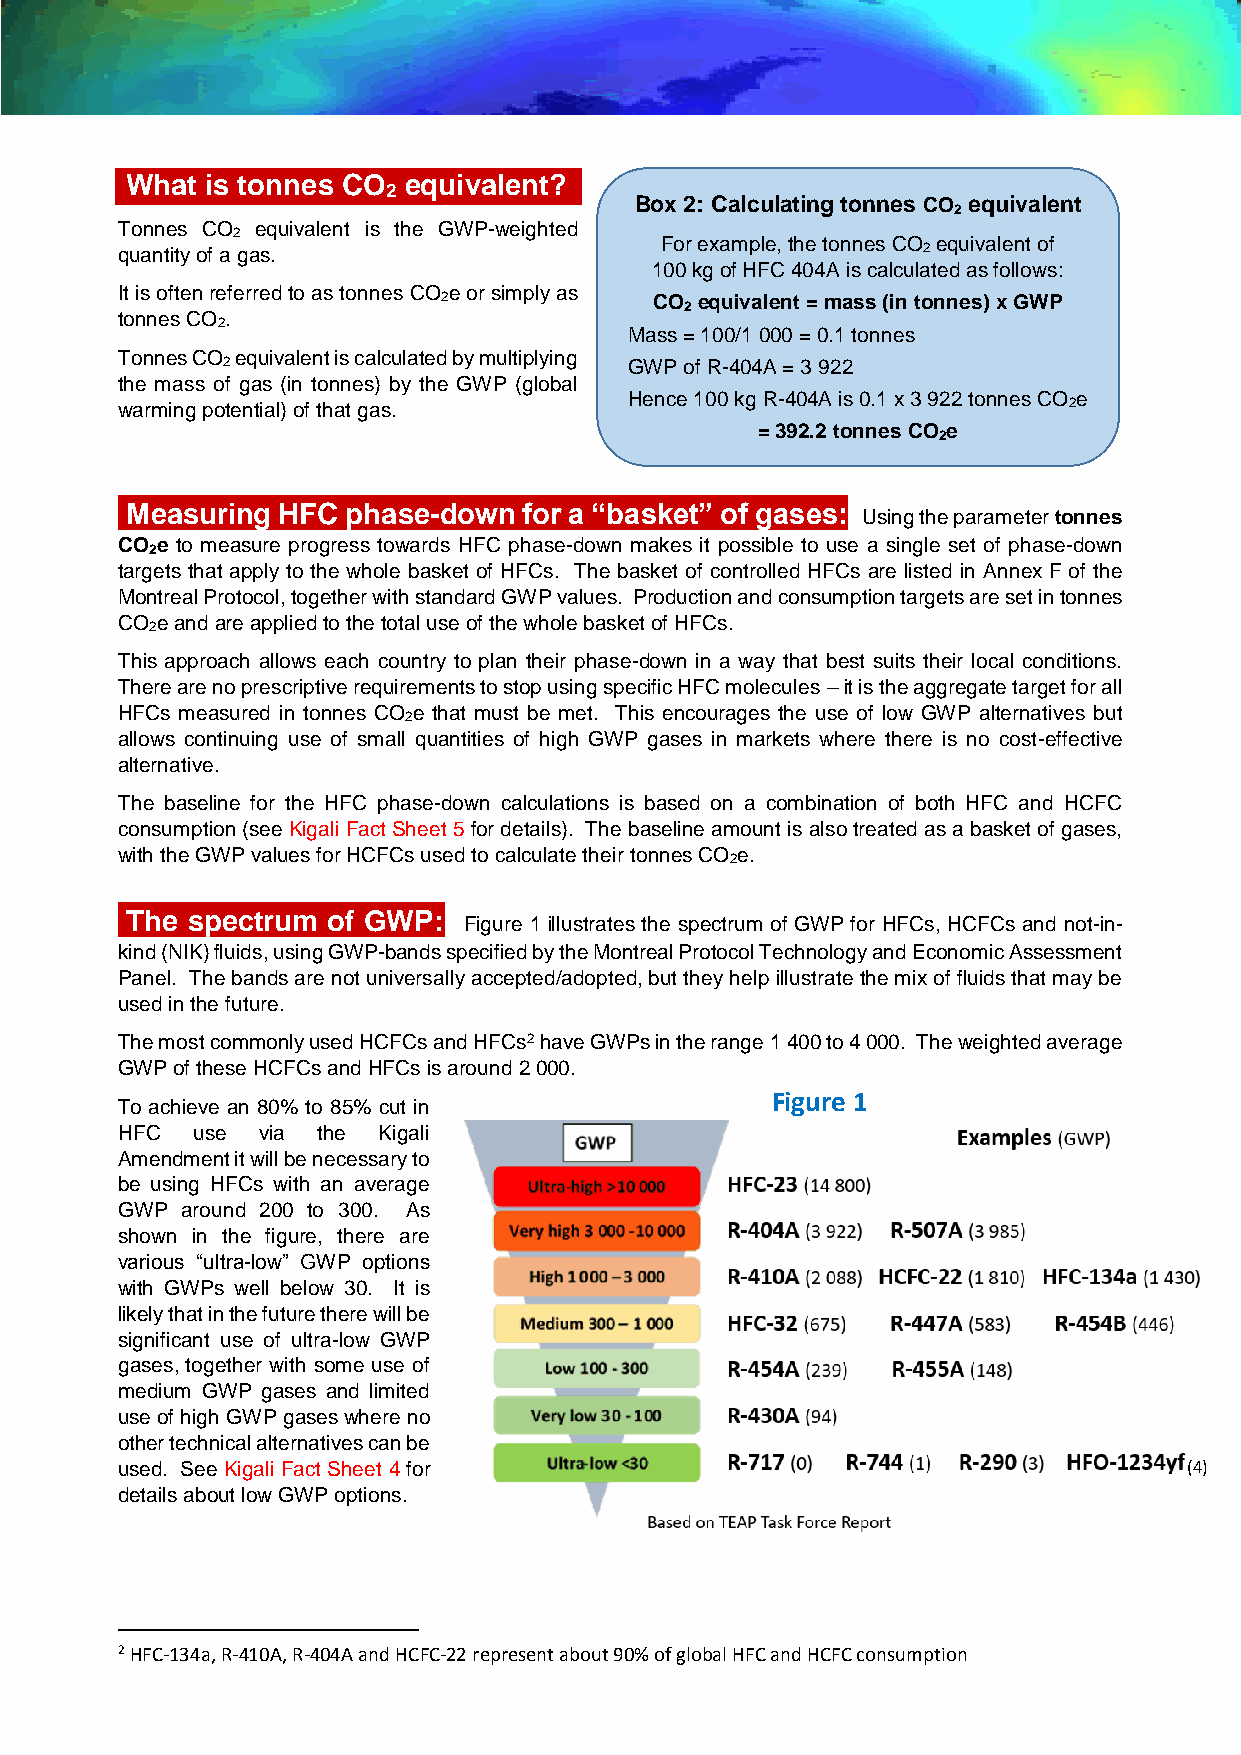
What  is tonnes CO equivalent?
 2
 Box 2: Calculating tonnes CO equivalent
 2
 Tonnes CO equivalent is the GWP-weighted
 2
 For example, the tonnes CO equivalent of
 quantity of a gas.                                   2
 100 kg of HFC 404A is calculated as follows:
 It is often referred to as tonnes CO e or simply as
 2             CO equivalent = mass (in tonnes) x GWP
 2
 tonnes CO .
 2
 Mass = 100/1 000 = 0.1 tonnes
 Tonnes CO equivalent is calculated by multiplying
 2                          GWP of R-404A = 3 922
 the mass of gas (in tonnes) by the GWP (global
 Hence 100 kg R-404A is 0.1 x 3 922 tonnes CO e
 warming potential) of that gas.                                2
 = 392.2 tonnes CO e
 2
 Measuring HFC  phase-down  for a “basket” of gases:
 Using the parameter tonnes
 CO e to measure progress towards HFC phase-down makes it possible to use a single set of phase-down
 2
 targets that apply to the whole basket of HFCs. The basket of controlled HFCs are listed in Annex F of the
 Montreal Protocol, together with standard GWP values. Production and consumption targets are set in tonnes
 CO e and are applied to the total use of the whole basket of HFCs.
 2
 This approach allows each country to plan their phase-down in a way that best suits their local conditions.
 There are no prescriptive requirements to stop using specific HFC molecules – it is the aggregate target for all
 HFCs measured in tonnes CO e that must be met. This encourages the use of low GWP alternatives but
 2
 allows continuing use of small quantities of high GWP gases in markets where there is no cost-effective
 alternative.
 The baseline for the HFC phase-down calculations is based on a combination of both HFC and HCFC
 consumption (see Kigali Fact Sheet 5 for details). The baseline amount is also treated as a basket of gases,
 with the GWP values for HCFCs used to calculate their tonnes CO e.
 2
 The spectrum  of GWP:
 Figure 1 illustrates the spectrum of GWP for HFCs, HCFCs and not-in-
 kind (NIK) fluids, using GWP-bands specified by the Montreal Protocol Technology and Economic Assessment
 Panel. The bands are not universally accepted/adopted, but they help illustrate the mix of fluids that may be
 used in the future.
 The most commonly used HCFCs and HFCs2 have GWPs in the range 1 400 to 4 000. The weighted average
 GWP of these HCFCs and HFCs is around 2 000.
 Figure 1
 To achieve an 80% to 85% cut in
 HFC  use via the Kigali
 Amendment it will be necessary to
 be using HFCs with an average
 GWP around 200 to 300. As
 shown in the figure, there are
 various “ultra-low” GWP options
 with GWPs well below 30. It is
 likely that in the future there will be
 significant use of ultra-low GWP
 gases, together with some use of
 medium GWP gases and limited
 use of high GWP gases where no
 other technical alternatives can be
 used. See Kigali Fact Sheet 4 for                                      (4)
 details about low GWP options.
 2 HFC-134a, R-410A, R-404A and HCFC-22 represent about 90% of global HFC and HCFC consumption